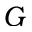
G